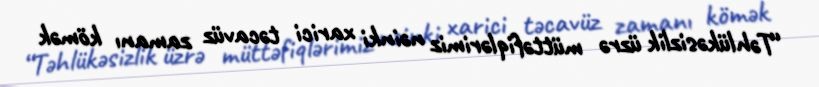
“Təhlükəsizlik üzrə müttəfiqlərimiz nəinki xarici təcavüz zamanı kömək